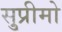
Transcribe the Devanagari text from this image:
सु्प्रीमो